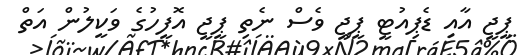
ޕީޖީ އާއި ޑެޕިއުޓީ ޕީޖީ ވެސް ނެތި ޕީޖީ އޮފީހުގެ ވަކީލުން އަތް